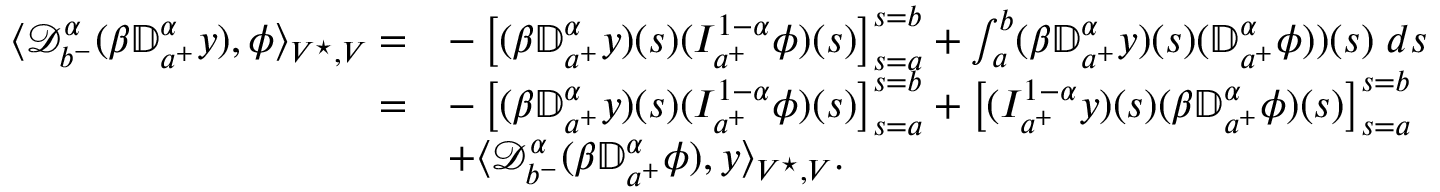
\begin{array} { r l } { \langle { \mathcal D } _ { b ^ { - } } ^ { \alpha } ( \beta { \mathbb D } _ { a ^ { + } } ^ { \alpha } y ) , \phi \rangle _ { V ^ { \star } , V } = } & { - \left[ ( \beta { \mathbb D } _ { a ^ { + } } ^ { \alpha } y ) ( s ) ( I _ { a ^ { + } } ^ { 1 - \alpha } \phi ) ( s ) \right] _ { s = a } ^ { s = b } + \int _ { a } ^ { b } ( \beta { \mathbb D } _ { a ^ { + } } ^ { \alpha } y ) ( s ) ( { \mathbb D } _ { a ^ { + } } ^ { \alpha } \phi ) ) ( s ) \; d s } \\ { = } & { - \left[ ( \beta { \mathbb D } _ { a ^ { + } } ^ { \alpha } y ) ( s ) ( I _ { a ^ { + } } ^ { 1 - \alpha } \phi ) ( s ) \right] _ { s = a } ^ { s = b } + \displaystyle \left[ ( I _ { a ^ { + } } ^ { 1 - \alpha } y ) ( s ) ( \beta { \mathbb D } _ { a ^ { + } } ^ { \alpha } \phi ) ( s ) \right] _ { s = a } ^ { s = b } } \\ & { + \langle { \mathcal D } _ { b ^ { - } } ^ { \alpha } ( \beta { \mathbb D } _ { a ^ { + } } ^ { \alpha } \phi ) , y \rangle _ { V ^ { \star } , V } . } \end{array}